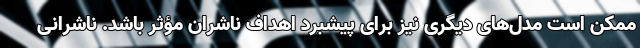
ممکن است مدل‌های دیگری نیز برای پیشبرد اهداف ناشران مؤثر باشد. ناشرانی